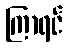
ကြာရင်